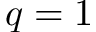
q = 1